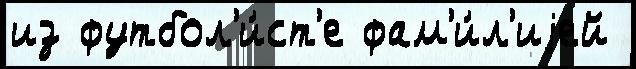
из футбол'и́ст'е фам'и́л'иjей